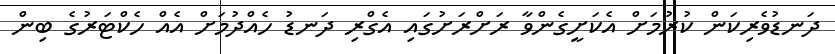
ދަނޑުވެރިކަން ކުރުމަށް އެކަށީގެންވާ ރަށްރަށުގައި އެގްރި ދަނޑު ހެއްދުމަށް އެއް ހެކްޓަރުގެ ބިން